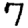
Digit: 7